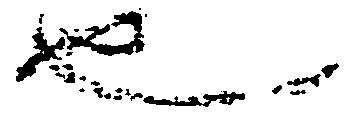
也